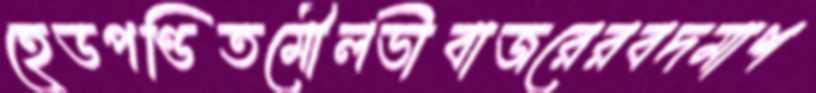
হেডপণ্ডিতমৌলভীবাজরেরবদমাশ